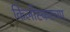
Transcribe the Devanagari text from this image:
किर्लोस्करच्या